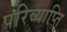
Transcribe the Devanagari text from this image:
परिव्याप्ति